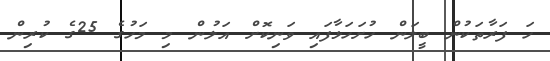
ހަ ފަރާތަކުން ބީލަން ހުށަހަޅާފައި ވަނިކޮށް އަލުން މި މަހުގެ 25ގެ ކުރިން